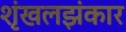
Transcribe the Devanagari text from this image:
शृंखलझंकार